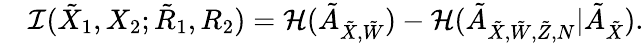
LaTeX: \begin{array}{rl}&{\mathcal{I}({{{\tilde{X}}}_{1}},{{{X}}_{2}};{{{\tilde{R}}}_{1}},{{{R}}_{2}})=\mathcal{H}(\tilde{A}_{{{\tilde{X}}},\tilde{W}})-\mathcal{H}(\tilde{A}_{{{\tilde{X}}},\tilde{W},\tilde{Z},N}|\tilde{A}_{{{\tilde{X}}}}).}\end{array}